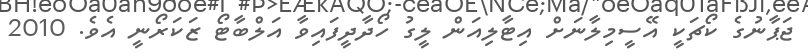
ޖަޕާނުގެ ކޯޗަކީ އޭސީމިލާނަށް އިޓާލިއަން ލީގު ހޯދާދީފައިވާ އަލްބާޓޯ ޒަކަރޯނީ އެވެ. 2010